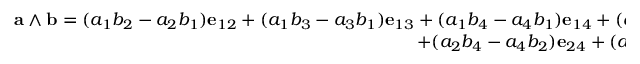
\begin{array} { r } { \mathbf { a } \wedge \mathbf { b } = ( a _ { 1 } b _ { 2 } - a _ { 2 } b _ { 1 } ) \mathbf { e } _ { 1 2 } + ( a _ { 1 } b _ { 3 } - a _ { 3 } b _ { 1 } ) \mathbf { e } _ { 1 3 } + ( a _ { 1 } b _ { 4 } - a _ { 4 } b _ { 1 } ) \mathbf { e } _ { 1 4 } + ( a _ { 2 } b _ { 3 } - a _ { 3 } b _ { 2 } ) \mathbf { e } _ { 2 3 } } \\ { + ( a _ { 2 } b _ { 4 } - a _ { 4 } b _ { 2 } ) \mathbf { e } _ { 2 4 } + ( a _ { 3 } b _ { 4 } - a _ { 4 } b _ { 3 } ) \mathbf { e } _ { 3 4 } . } \end{array}